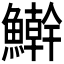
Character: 𩼛